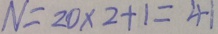
N = 2 0 \times 2 + 1 = 4 1